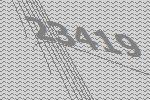
23419